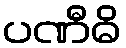
ပဏီဓိ